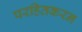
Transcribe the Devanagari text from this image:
परहितकरन